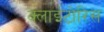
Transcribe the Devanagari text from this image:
क्लाईटोरिस